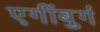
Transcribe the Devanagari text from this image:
एगींबुर्ग